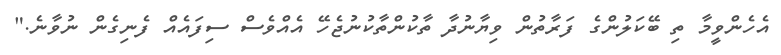
އެހެންވީމާ ތި ބޭކަލުންގެ ފަރާތުން ވިޔާނުދާ ތާކުންތާކުނުޖެހޭ އެއްވެސް ސިފައެއް ފެނިގެން ނުވާނެ."